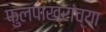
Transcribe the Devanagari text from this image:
फुलपाख्रांच्या